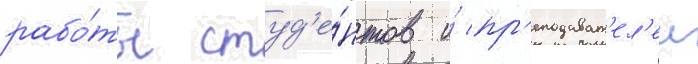
рабо́ты студ'е́нтов и́ пр'еподават'ел'еи